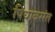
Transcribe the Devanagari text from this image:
पियावसंत